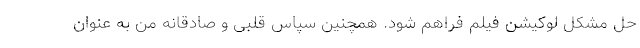
حل مشکل لوکیشن فیلم فراهم شود. همچنین سپاس قلبی و صادقانه من به عنوان